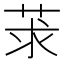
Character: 莍